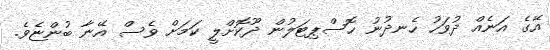
އޭގެ އަނެއް ދުވަހު ހެނދުނު ހޮސްޕިޓަލުން ދޫކޮށްލީ ކަމަށް ވެސް އޭނާ ބުންޏެވެ.